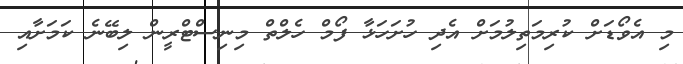
މި އެވޯޑަށް ކުރިމަތިލުމަށް އެދި ހުށަހަޅާ ފޯމް ހެލްތް މިނިސްޓްރީން ލިބޭނެ ކަމަށާއި